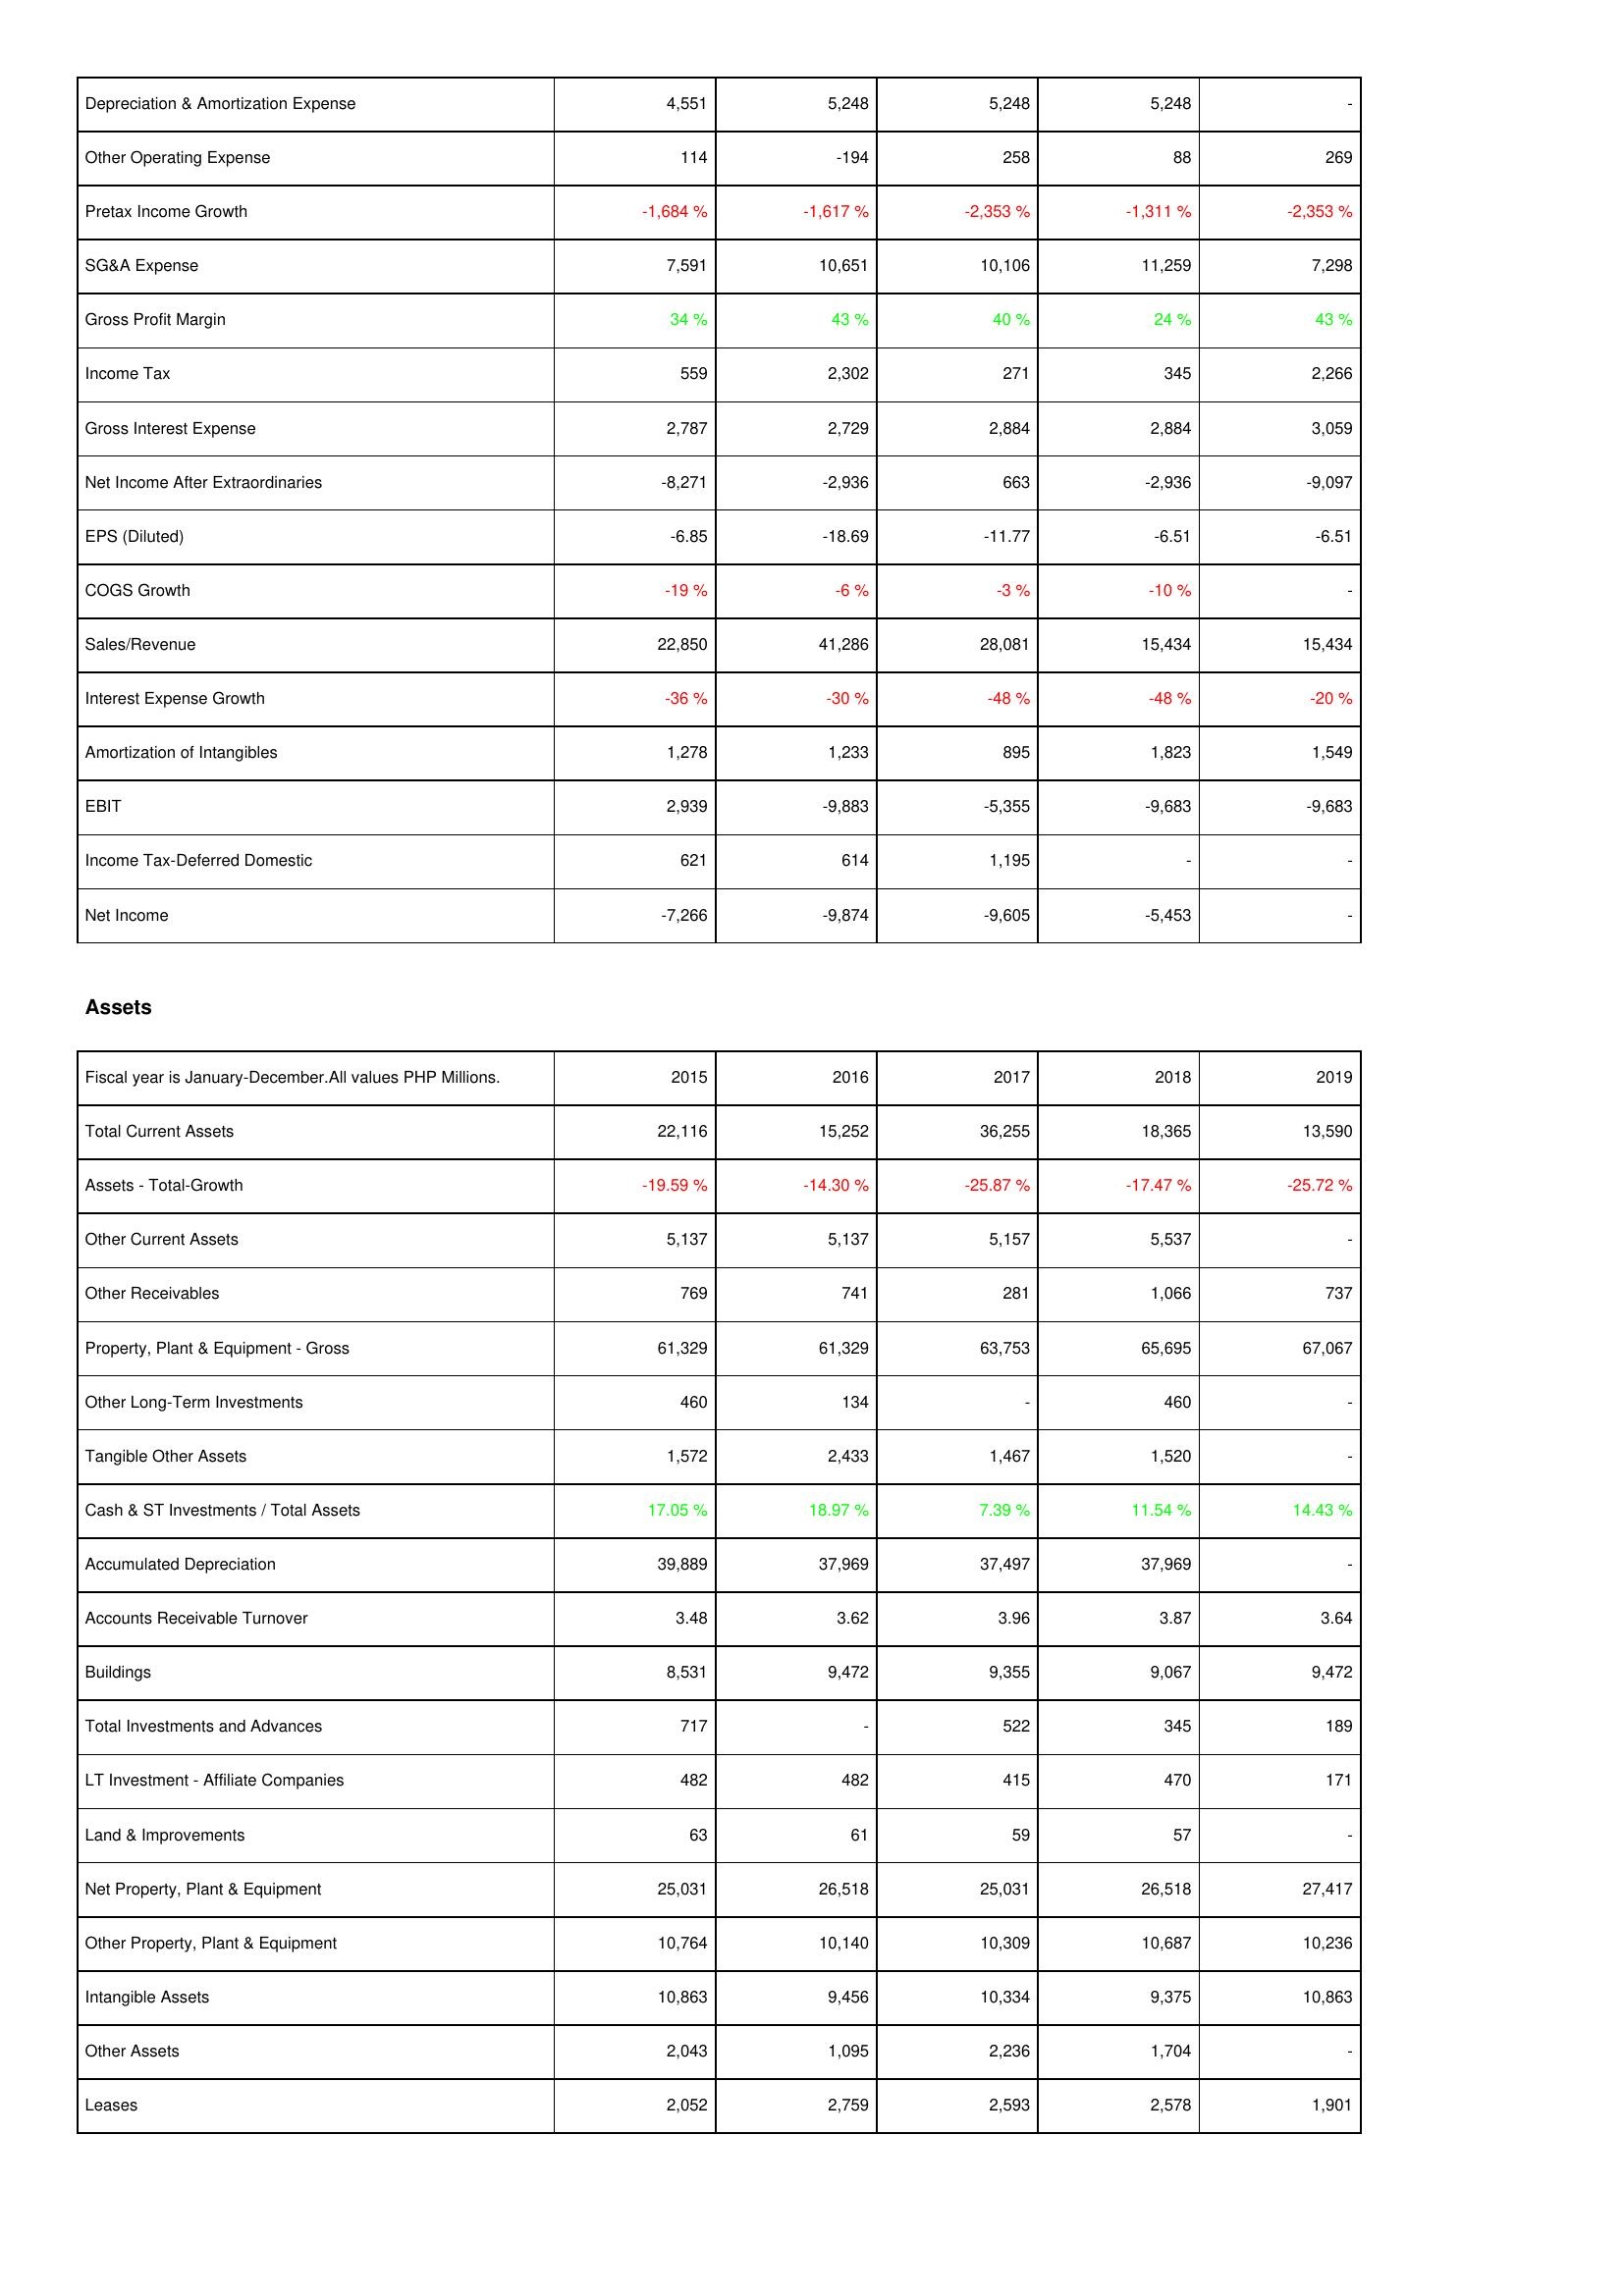
2015: Income Statement: Depreciation & Amortization Expense: 4,551
Other Operating Expense: 114
Pretax Income Growth: -1,684 %
SG&A Expense: 7,591
Gross Profit Margin: 34 %
Income Tax: 559
Gross Interest Expense: 2,787
Net Income After Extraordinaries: -8,271
EPS (Diluted): -6.85
COGS Growth: -19 %
Sales/Revenue: 22,850
Interest Expense Growth: -36 %
Amortization of Intangibles: 1,278
EBIT: 2,939
Income Tax-Deferred Domestic: 621
Net Income: -7,266
Assets: Total Current Assets: 22,116
Assets - Total-Growth: -19.59 %
Other Current Assets: 5,137
Other Receivables: 769
Property, Plant & Equipment - Gross: 61,329
Other Long-Term Investments: 460
Tangible Other Assets: 1,572
Cash & ST Investments / Total Assets: 17.05 %
Accumulated Depreciation: 39,889
Accounts Receivable Turnover: 3.48
Buildings: 8,531
Total Investments and Advances: 717
LT Investment - Affiliate Companies: 482
Land & Improvements: 63
Net Property, Plant & Equipment: 25,031
Other Property, Plant & Equipment: 10,764
Intangible Assets: 10,863
Other Assets: 2,043
Leases: 2,052
2016: Income Statement: Depreciation & Amortization Expense: 5,248
Other Operating Expense: -194
Pretax Income Growth: -1,617 %
SG&A Expense: 10,651
Gross Profit Margin: 43 %
Income Tax: 2,302
Gross Interest Expense: 2,729
Net Income After Extraordinaries: -2,936
EPS (Diluted): -18.69
COGS Growth: -6 %
Sales/Revenue: 41,286
Interest Expense Growth: -30 %
Amortization of Intangibles: 1,233
EBIT: -9,883
Income Tax-Deferred Domestic: 614
Net Income: -9,874
Assets: Total Current Assets: 15,252
Assets - Total-Growth: -14.30 %
Other Current Assets: 5,137
Other Receivables: 741
Property, Plant & Equipment - Gross: 61,329
Other Long-Term Investments: 134
Tangible Other Assets: 2,433
Cash & ST Investments / Total Assets: 18.97 %
Accumulated Depreciation: 37,969
Accounts Receivable Turnover: 3.62
Buildings: 9,472
Total Investments and Advances: -
LT Investment - Affiliate Companies: 482
Land & Improvements: 61
Net Property, Plant & Equipment: 26,518
Other Property, Plant & Equipment: 10,140
Intangible Assets: 9,456
Other Assets: 1,095
Leases: 2,759
2017: Income Statement: Depreciation & Amortization Expense: 5,248
Other Operating Expense: 258
Pretax Income Growth: -2,353 %
SG&A Expense: 10,106
Gross Profit Margin: 40 %
Income Tax: 271
Gross Interest Expense: 2,884
Net Income After Extraordinaries: 663
EPS (Diluted): -11.77
COGS Growth: -3 %
Sales/Revenue: 28,081
Interest Expense Growth: -48 %
Amortization of Intangibles: 895
EBIT: -5,355
Income Tax-Deferred Domestic: 1,195
Net Income: -9,605
Assets: Total Current Assets: 36,255
Assets - Total-Growth: -25.87 %
Other Current Assets: 5,157
Other Receivables: 281
Property, Plant & Equipment - Gross: 63,753
Other Long-Term Investments: -
Tangible Other Assets: 1,467
Cash & ST Investments / Total Assets: 7.39 %
Accumulated Depreciation: 37,497
Accounts Receivable Turnover: 3.96
Buildings: 9,355
Total Investments and Advances: 522
LT Investment - Affiliate Companies: 415
Land & Improvements: 59
Net Property, Plant & Equipment: 25,031
Other Property, Plant & Equipment: 10,309
Intangible Assets: 10,334
Other Assets: 2,236
Leases: 2,593
2018: Income Statement: Depreciation & Amortization Expense: 5,248
Other Operating Expense: 88
Pretax Income Growth: -1,311 %
SG&A Expense: 11,259
Gross Profit Margin: 24 %
Income Tax: 345
Gross Interest Expense: 2,884
Net Income After Extraordinaries: -2,936
EPS (Diluted): -6.51
COGS Growth: -10 %
Sales/Revenue: 15,434
Interest Expense Growth: -48 %
Amortization of Intangibles: 1,823
EBIT: -9,683
Income Tax-Deferred Domestic: -
Net Income: -5,453
Assets: Total Current Assets: 18,365
Assets - Total-Growth: -17.47 %
Other Current Assets: 5,537
Other Receivables: 1,066
Property, Plant & Equipment - Gross: 65,695
Other Long-Term Investments: 460
Tangible Other Assets: 1,520
Cash & ST Investments / Total Assets: 11.54 %
Accumulated Depreciation: 37,969
Accounts Receivable Turnover: 3.87
Buildings: 9,067
Total Investments and Advances: 345
LT Investment - Affiliate Companies: 470
Land & Improvements: 57
Net Property, Plant & Equipment: 26,518
Other Property, Plant & Equipment: 10,687
Intangible Assets: 9,375
Other Assets: 1,704
Leases: 2,578
2019: Income Statement: Depreciation & Amortization Expense: -
Other Operating Expense: 269
Pretax Income Growth: -2,353 %
SG&A Expense: 7,298
Gross Profit Margin: 43 %
Income Tax: 2,266
Gross Interest Expense: 3,059
Net Income After Extraordinaries: -9,097
EPS (Diluted): -6.51
COGS Growth: -
Sales/Revenue: 15,434
Interest Expense Growth: -20 %
Amortization of Intangibles: 1,549
EBIT: -9,683
Income Tax-Deferred Domestic: -
Net Income: -
Assets: Total Current Assets: 13,590
Assets - Total-Growth: -25.72 %
Other Current Assets: -
Other Receivables: 737
Property, Plant & Equipment - Gross: 67,067
Other Long-Term Investments: -
Tangible Other Assets: -
Cash & ST Investments / Total Assets: 14.43 %
Accumulated Depreciation: -
Accounts Receivable Turnover: 3.64
Buildings: 9,472
Total Investments and Advances: 189
LT Investment - Affiliate Companies: 171
Land & Improvements: -
Net Property, Plant & Equipment: 27,417
Other Property, Plant & Equipment: 10,236
Intangible Assets: 10,863
Other Assets: -
Leases: 1,901